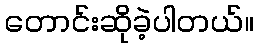
တောင်းဆိုခဲ့ပါတယ်။